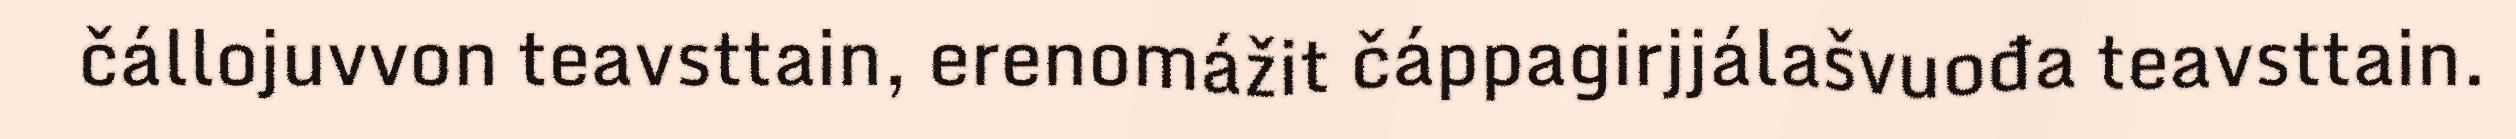
čállojuvvon teavsttain, erenomážit čáppagirjjálašvuođa teavsttain.